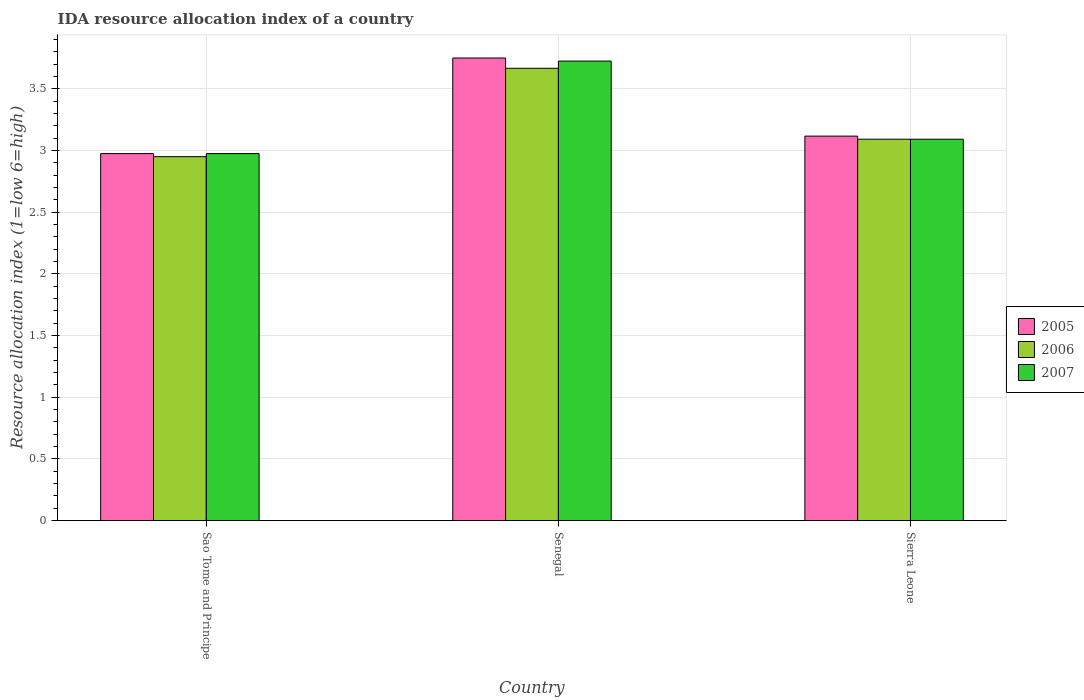
| Country | 2005 | 2006 | 2007 |
 | --- | --- | --- | --- |
 | Sao Tome and Principe | 2.98 | 2.95 | 2.98 |
 | Senegal | 3.75 | 3.67 | 3.73 |
 | Sierra Leone | 3.12 | 3.09 | 3.09 |